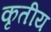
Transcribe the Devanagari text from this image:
कृतीय